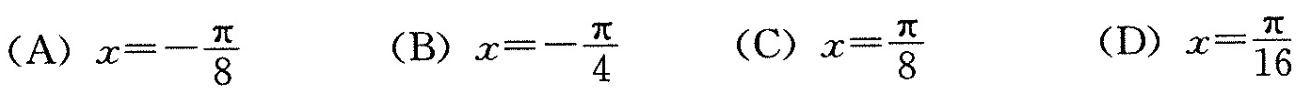
( A )$$ x = - \frac { π } { 8 }$$ ( B )$$x = - \frac { π } { 4 }$$ ( C ) $$x = \frac { π } { 8 }$$ ( D )$$x = \frac { π } { 1 6 }$$